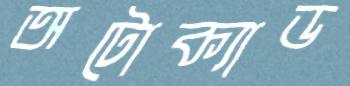
অটোক্যাড